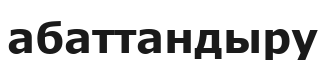
абаттандыру